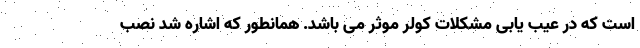
است که در عیب یابی مشکلات کولر موثر می باشد. همانطور که اشاره شد نصب